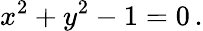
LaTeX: x^{2}+y^{2}-1=0\, .